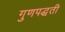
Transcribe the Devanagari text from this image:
गुणपद्धती